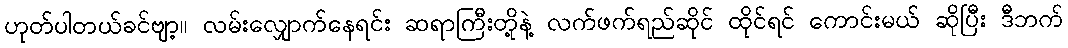
ဟုတ်ပါတယ်ခင်ဗျာ့။ လမ်းလျှောက်နေရင်း ဆရာကြီးတို့နဲ့ လက်ဖက်ရည်ဆိုင် ထိုင်ရင် ကောင်းမယ် ဆိုပြီး ဒီဘက်